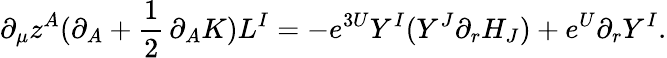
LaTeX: \partial_{\mu}z^{A}(\partial_{A}+{\frac{1}{2}}\, \partial_{A}K)L^{I}=-e^{3U}Y^{I}({Y}^{J}\partial_{r}H_{J})+e^{U}\partial_{r}Y^{I}.